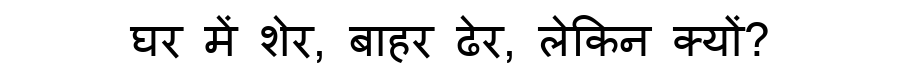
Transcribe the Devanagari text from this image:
घर में शेर, बाहर ढेर, लेकिन क्यों?